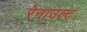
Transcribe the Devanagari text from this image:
रेनाउल्ट